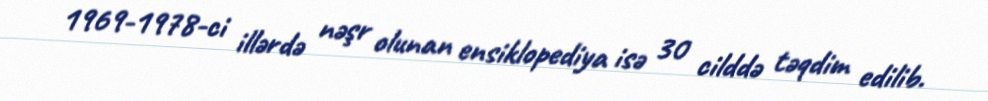
1969-1978-ci illərdə nəşr olunan ensiklopediya isə 30 cilddə təqdim edilib.